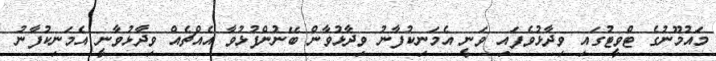
މައުމޫނުގެ ޓްވީޓުގައި ވިދާޅުވެފައި ވަނީ އެމަނިކުފާނު ވިދާޅުވާން ބޭނުންފުޅުވާ އެއްޗެއް ވިދާޅުވާނީ އެމަނިކުފާނު